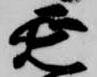
延